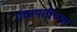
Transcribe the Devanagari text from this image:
पंचायतींच्या